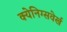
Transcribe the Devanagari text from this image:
क्येनिग्सवेर्ख